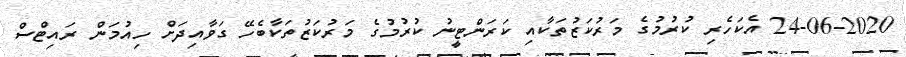
24-06-2020 އެކަހެރި ކުރުމުގެ މަރުކަޒުތަކާއި ކަރަންޓީނު ކުރުމުގެ މަރުކަޒުތަކާބެހޭ ގަވާއިދަށް ހިއުމަން ރައިޓްސް